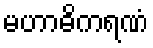
မဟာဓိကရဏံ